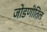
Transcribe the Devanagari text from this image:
जोडणीतिल